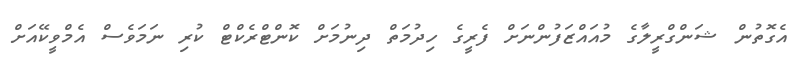
އެގޮތުން ޝަންގްރީލާގެ މުއައްޒަފުންނަށް ފެރީގެ ހިދުމަތް ދިނުމަށް ކޮންޓްރެކްޓް ކުރި ނަމަވެސް އެމްވީކޭއަށް